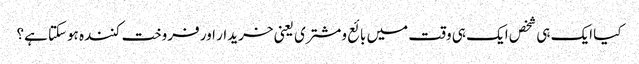
کیا ایک ہی شخص ایک ہی وقت میں بائع ومشتری یعنی خریدار اور فروخت کنندہ ہوسکتا ہے؟